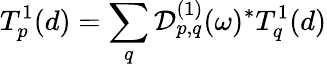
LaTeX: T_{p}^{1}(d)=\sum_{q}\mathcal{D}_{p,q}^{(1)}(\omega)^{*}T_{q}^{1}(d)